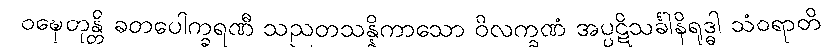
ဝဍ္ဎေတုန္တိ ခတပေါက္ခရဏီ သညတသန္နိကာသော ဝိလက္ခဏံ အပ္ပဋိသင်္ခါနိရုဒ္ဓါ သံဝရာတိ